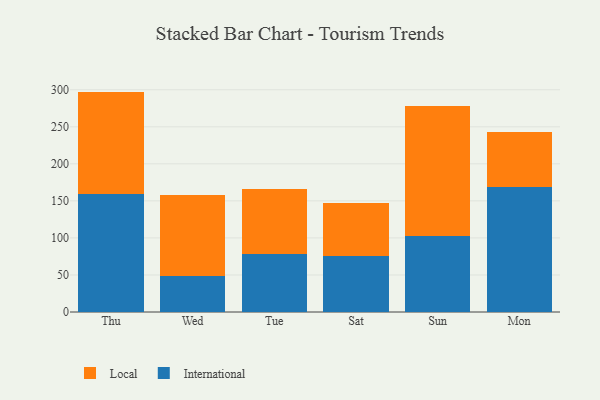
{"axis": {"x": "Day", "y": "Shipments"}, "legend": ["International", "Local"], "data": [{"x": "Thu", "y": 159.9, "type": "International"}, {"x": "Thu", "y": 137.6, "type": "Local"}, {"x": "Wed", "y": 49.2, "type": "International"}, {"x": "Wed", "y": 108.6, "type": "Local"}, {"x": "Tue", "y": 78.5, "type": "International"}, {"x": "Tue", "y": 87.9, "type": "Local"}, {"x": "Sat", "y": 75.1, "type": "International"}, {"x": "Sat", "y": 72.2, "type": "Local"}, {"x": "Sun", "y": 102.2, "type": "International"}, {"x": "Sun", "y": 176.5, "type": "Local"}, {"x": "Mon", "y": 168.5, "type": "International"}, {"x": "Mon", "y": 74.4, "type": "Local"}]}